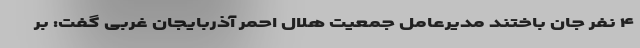
۴ نفر جان باختند مدیرعامل جمعیت هلال احمر آذربایجان غربی گفت: بر